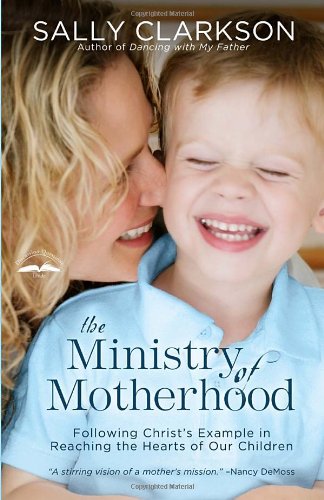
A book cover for The Ministry of Motherhood: Following Christ's Example in Reaching the Hearts of Our Children; Sally Clarkson; Parenting & Relationships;